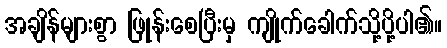
အချိန်များစွာ ဖြုန်းစေပြီးမှ ကျိုက်ခေါက်သို့ပို့ပါ၏။